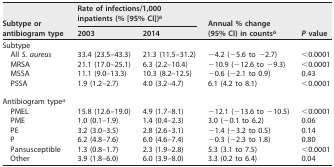
<table><thead><tr><td rowspan="2"><b>Subtype or antibiogram type</b></td><td colspan="2"><b>Rate of infections/1,000 inpatients (% [95% CI])<sup><i>b</i></sup></b></td><td rowspan="2"><b>Annual % change (95% CI) in counts<sup><i>b</i></sup></b></td><td rowspan="2"><b><i>P</i> value</b></td></tr><tr><td><b>2003</b></td><td><b>2014</b></td></tr></thead><tbody><tr><td>Subtype</td><td></td><td></td><td></td><td></td></tr><tr><td>All S. aureus</td><td>33.4 (23.5–43.3)</td><td>21.3 (11.5–31.2)</td><td>−4.2 (−5.6 to −2.7)</td><td>&lt;0.0001</td></tr><tr><td>MRSA</td><td>21.1 (17.0–25.1)</td><td>6.3 (2.2–10.4)</td><td>−10.9 (−12.6 to −9.3)</td><td>&lt;0.0001</td></tr><tr><td>MSSA</td><td>11.1 (9.0–13.3)</td><td>10.3 (8.2–12.5)</td><td>−0.6 (−2.1 to 0.9)</td><td>0.43</td></tr><tr><td>PSSA</td><td>1.9 (1.2–2.7)</td><td>4.0 (3.2–4.7)</td><td>6.1 (4.2 to 8.1)</td><td>&lt;0.0001</td></tr><tr><td>Antibiogram type<sup><i>a</i></sup></td><td></td><td></td><td></td><td></td></tr><tr><td>PMEL</td><td>15.8 (12.6–19.0)</td><td>4.9 (1.7–8.1)</td><td>−12.1 (−13.6 to −10.5)</td><td>&lt;0.0001</td></tr><tr><td>PME</td><td>1.0 (0.1–1.9)</td><td>1.4 (0.4–2.3)</td><td>3.0 (−0.1 to 6.2)</td><td>0.06</td></tr><tr><td>PE</td><td>3.2 (3.0–3.5)</td><td>2.8 (2.6–3.1)</td><td>−1.4 (−3.2 to 0.5)</td><td>0.14</td></tr><tr><td>P</td><td>6.2 (4.8–7.6)</td><td>6.0 (4.6–7.4)</td><td>−0.3 (−2.3 to 1.8)</td><td>0.80</td></tr><tr><td>Pansusceptible</td><td>1.3 (0.8–1.7)</td><td>2.3 (1.9–2.8)</td><td>5.3 (3.1 to 7.5)</td><td>&lt;0.0001</td></tr><tr><td>Other</td><td>3.9 (1.8–6.0)</td><td>6.0 (3.9–8.0)</td><td>3.3 (0.2 to 6.4)</td><td>0.04</td></tr></tbody></table>